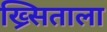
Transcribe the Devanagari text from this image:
ख्र्सिताला